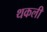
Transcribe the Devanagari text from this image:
थकली